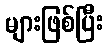
များဖြစ်ပြီး